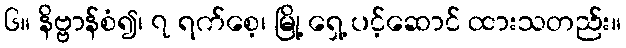
၆။ နိဗ္ဗာန်စံ၍၊ ၇ ရက်စေ့၊ မြို့ ရှေ့ ပင့်ဆောင် ထားသတည်း။